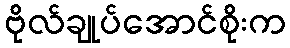
ဗိုလ်ချုပ်အောင်စိုးက